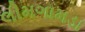
લીમગામડા